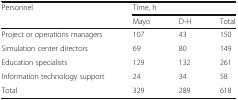
<table><thead><tr><td rowspan="2"><b>Personnel</b></td><td colspan="3"><b>Time, h</b></td></tr><tr><td><b>Mayo</b></td><td><b>D-H</b></td><td><b>Total</b></td></tr></thead><tbody><tr><td>Project or operations managers</td><td>107</td><td>43</td><td>150</td></tr><tr><td>Simulation center directors</td><td>69</td><td>80</td><td>149</td></tr><tr><td>Education specialists</td><td>129</td><td>132</td><td>261</td></tr><tr><td>Information technology support</td><td>24</td><td>34</td><td>58</td></tr><tr><td>Total</td><td>329</td><td>289</td><td>618</td></tr></tbody></table>